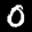
Label: 0